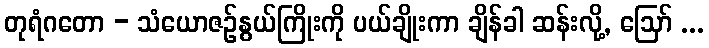
တုရံဂတော - သံယောဇဉ်နွယ်ကြိုးကို ပယ်ချိုးကာ ချိန်ခါ ဆန်းလို့, ဩော် ...